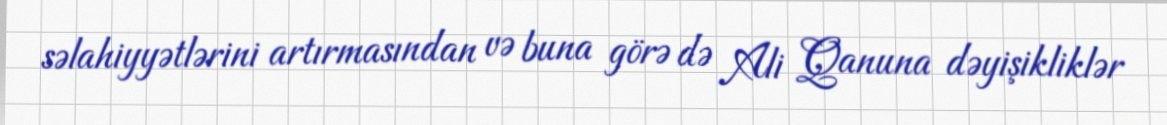
səlahiyyətlərini artırmasından və buna görə də Ali Qanuna dəyişikliklər